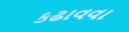
કઢાવવા